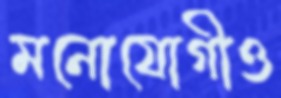
মনোযোগীও